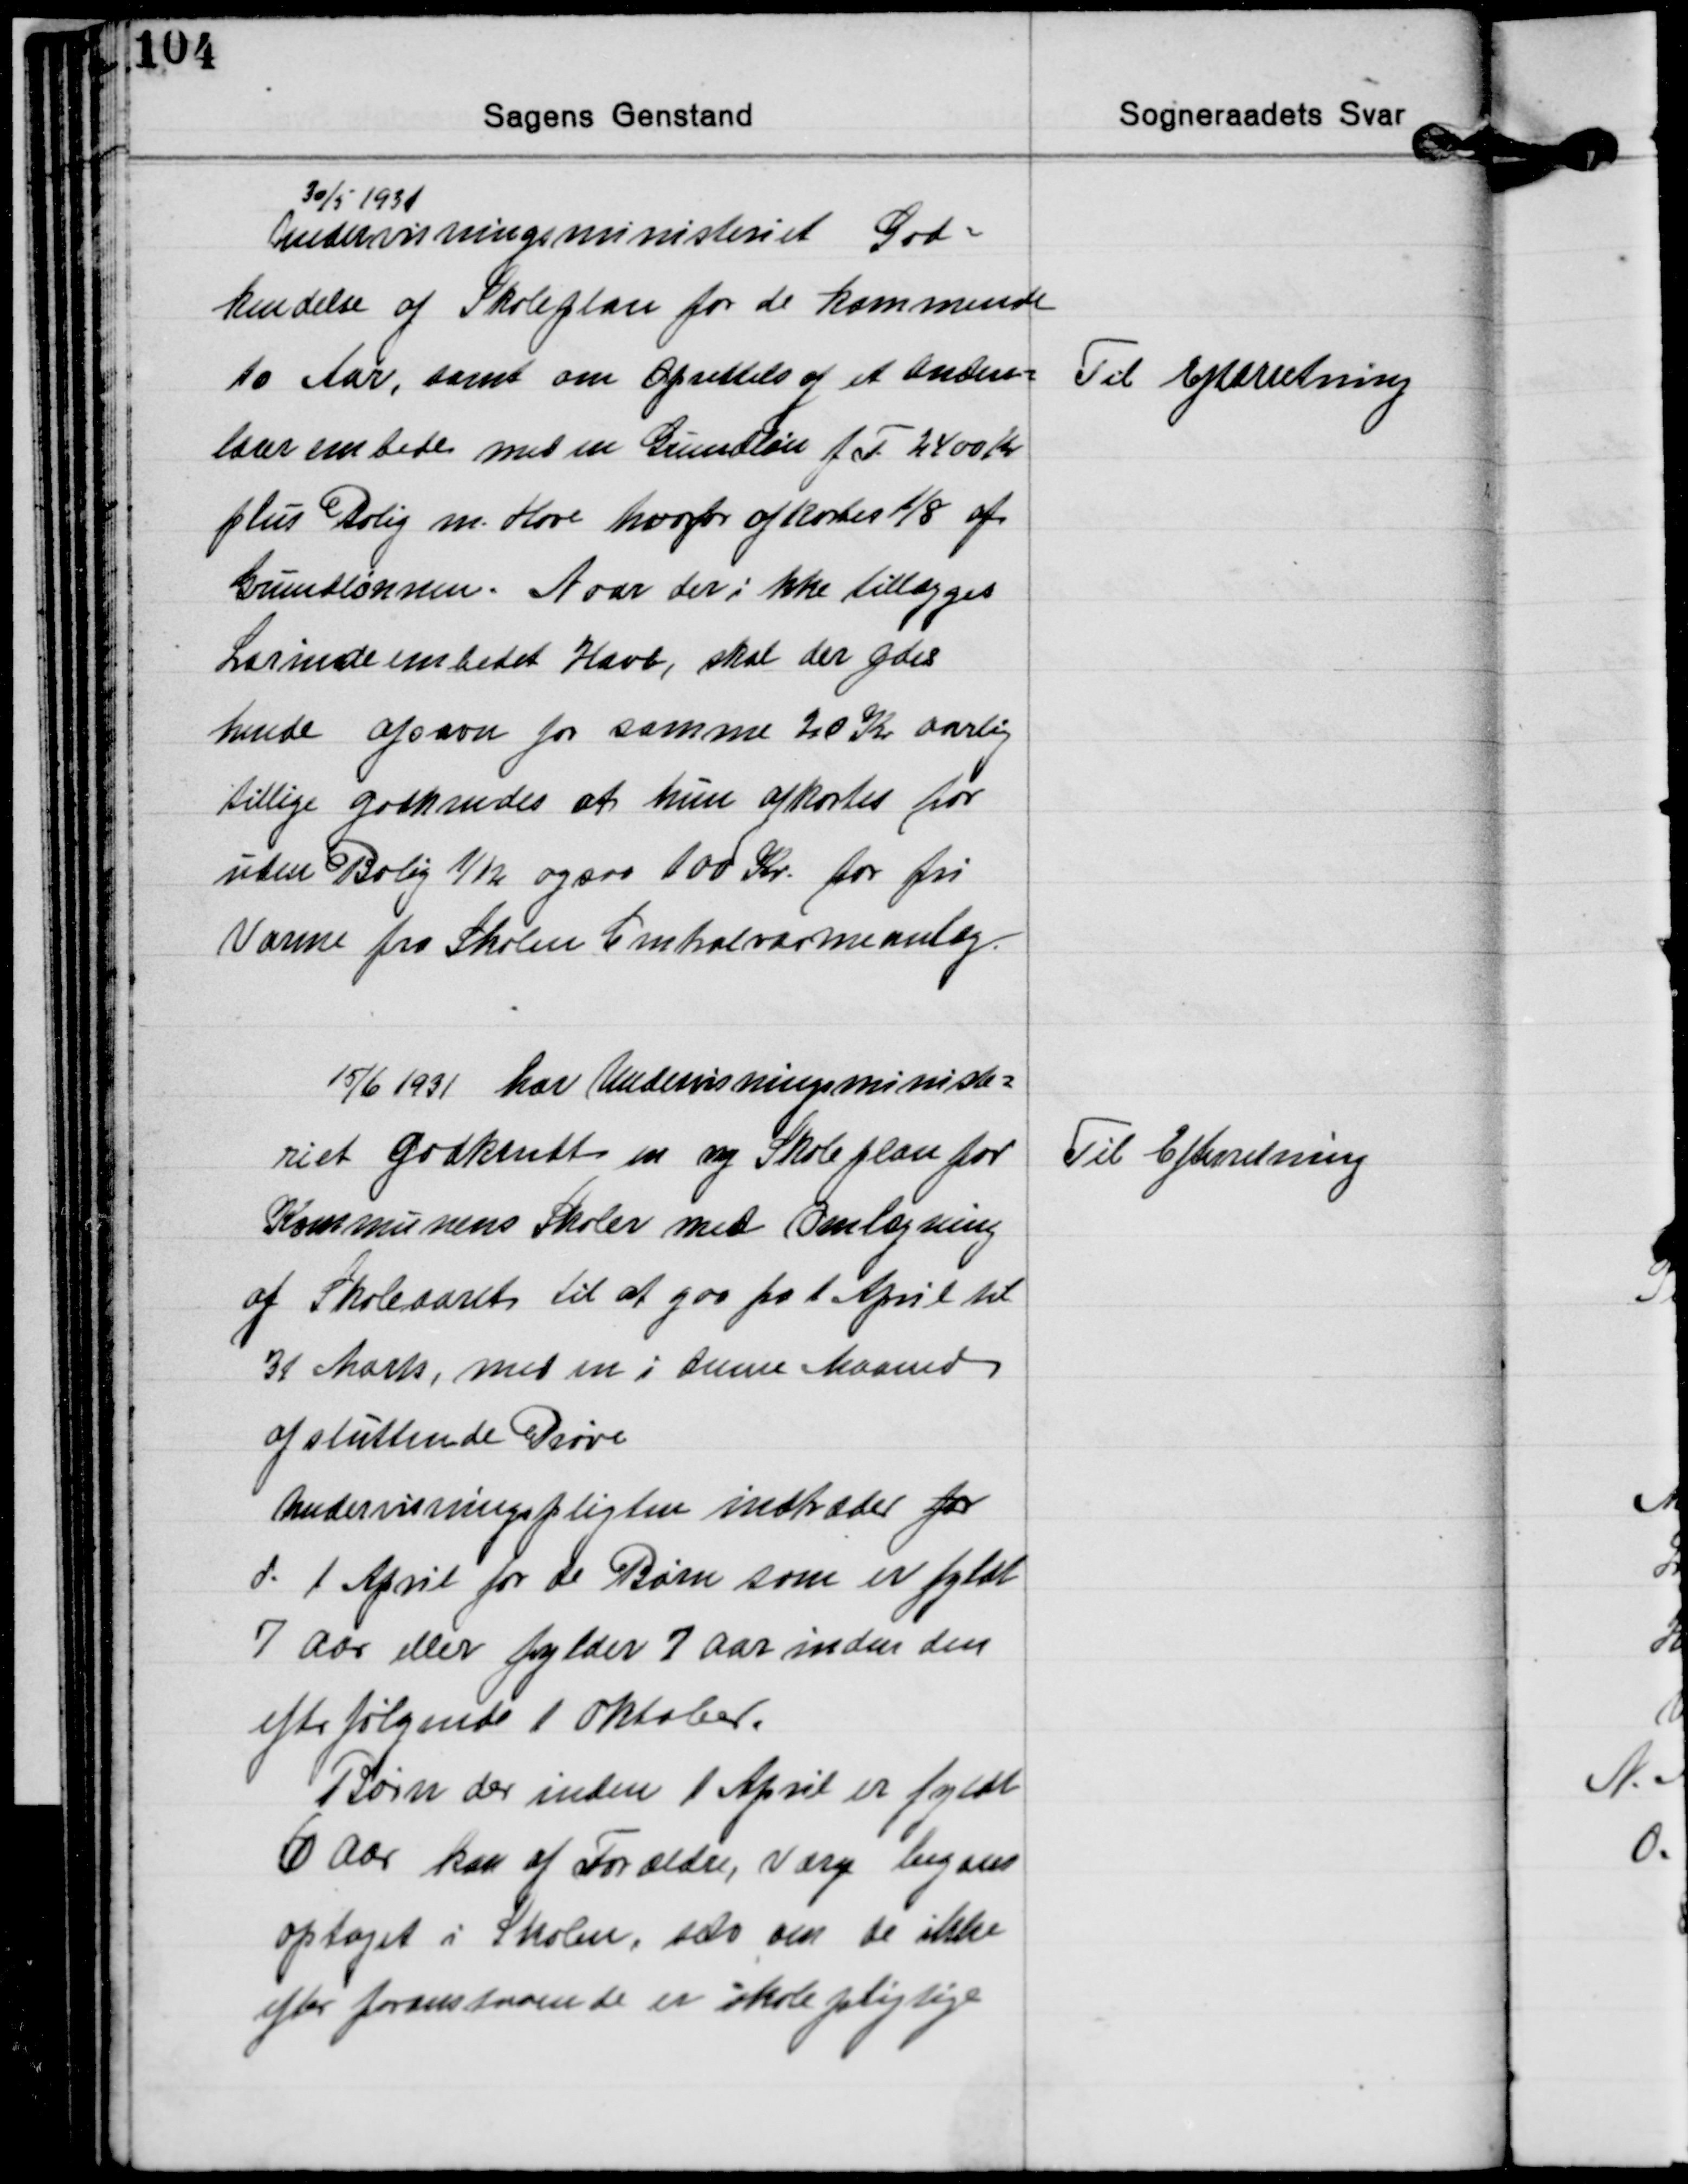
Transskription:
30/5 1931
Undervisningsministeriet God-
kendelse af Skoleplan for de kommende
10 Aar, samt om Oprettels af et Anden-
lærer embede med en Grundløn f. T. 2400 Kr.
plus Bolig m. Have hvorfor afkortes 1/8 af
Grundlønnen. Naar der ikke tillægges
Lærindeembedet Have, skal der ydes
hende afsavn for samme 20 Kr. aarlig
tillige godkendes at hun afkortes for
uden Bolig 1/12 ogsaa 100 Kr. for fri
Varme fra Skolen Centralvarmeanlæg.

Til Efterretning

15/6 1931 har Undervisningsministe-
riet Godkendt en ny Skoleplan for
Kommunens Skoler med Omlægning
af Skoleaaret til at gaa fra 1 April til
31 Marts, med en i denne Maaned
af sluttende Prøve
Undervisningspligten indtræder for
d. 1 April for de Børn som er fyldt
7 Aar eller fylder 7 Aar inden den
efterfølgende 1 oktober.
Børn der inden 1 April er fyldt
6 Aar kan af Forældre, Værge begæres
optaget i skolen, selv om de ikke
efter foranstaaende er skolepligtige

Til Efterretning